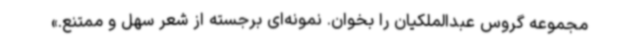
مجموعه گروس عبدالملکیان را بخوان. نمونه‌ای برجسته از شعر سهل و ممتنع.»